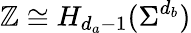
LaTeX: \mathbb{Z}\cong H_{d_{a}-1}(\Sigma^{d_{b}})